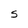
Character: S